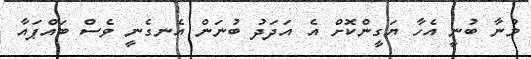
މުނާ ބުނީ އެހާ ޔަގީންކޮށް އެ އަދަދު ބުނަން އެނގެނީ ވެސް ބައްޕައާ